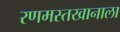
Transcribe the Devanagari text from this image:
रणमस्तखानाला